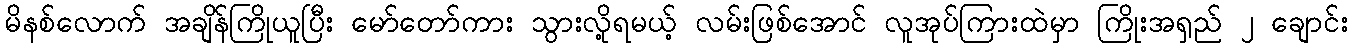
မိနစ်လောက် အချိန်ကြိုယူပြီး မော်တော်ကား သွားလို့ရမယ့် လမ်းဖြစ်အောင် လူအုပ်ကြားထဲမှာ ကြိုးအရှည် ၂ ချောင်း